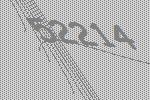
52214